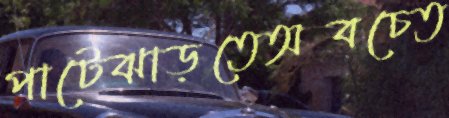
পাটেঝাড়তেঅবচেত